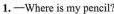
1.——Where is my pencil?